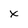
Character: x